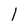
Character: 1